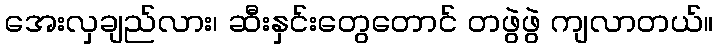
အေးလှချည်လား၊ ဆီးနှင်းတွေတောင် တဖွဲဖွဲ ကျလာတယ်။